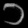
Digit: ၁